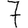
Digit: 7